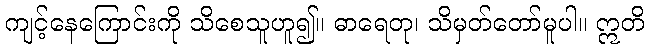
ကျင့်နေကြောင်းကို သိစေသူဟူ၍။ ဓာရေတု၊ သိမှတ်တော်မူပါ။ ဣတိ